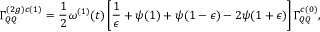
\Gamma _ { Q Q } ^ { ( 2 g ) c ( 1 ) } = \frac { 1 } { 2 } \omega ^ { ( 1 ) } ( t ) \left[ \frac { 1 } { \epsilon } + \psi ( 1 ) + \psi ( 1 - \epsilon ) - 2 \psi ( 1 + \epsilon ) \right] \Gamma _ { Q Q } ^ { c ( 0 ) } ,